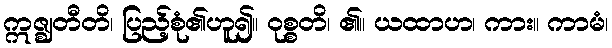
ဣဇ္ဈတီတိ၊ ပြည့်စုံ၏ဟူ၍။ ဝုစ္စတိ၊ ၏။ ယထာဟ၊ ကား။ ကာမံ၊